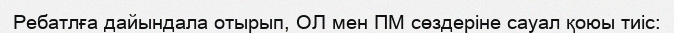
Ребатлға дайындала отырып, ОЛ мен ПМ сөздеріне сауал қоюы тиіс: